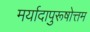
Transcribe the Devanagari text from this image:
मर्यादापुरूषोत्तम